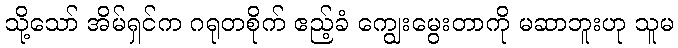
သို့သော် အိမ်ရှင်က ဂရုတစိုက် ဧည့်ခံ ကျွေးမွေးတာကို မဆာဘူးဟု သူမ